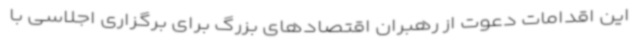
این اقدامات دعوت از رهبران اقتصادهای بزرگ برای برگزاری اجلاسی با